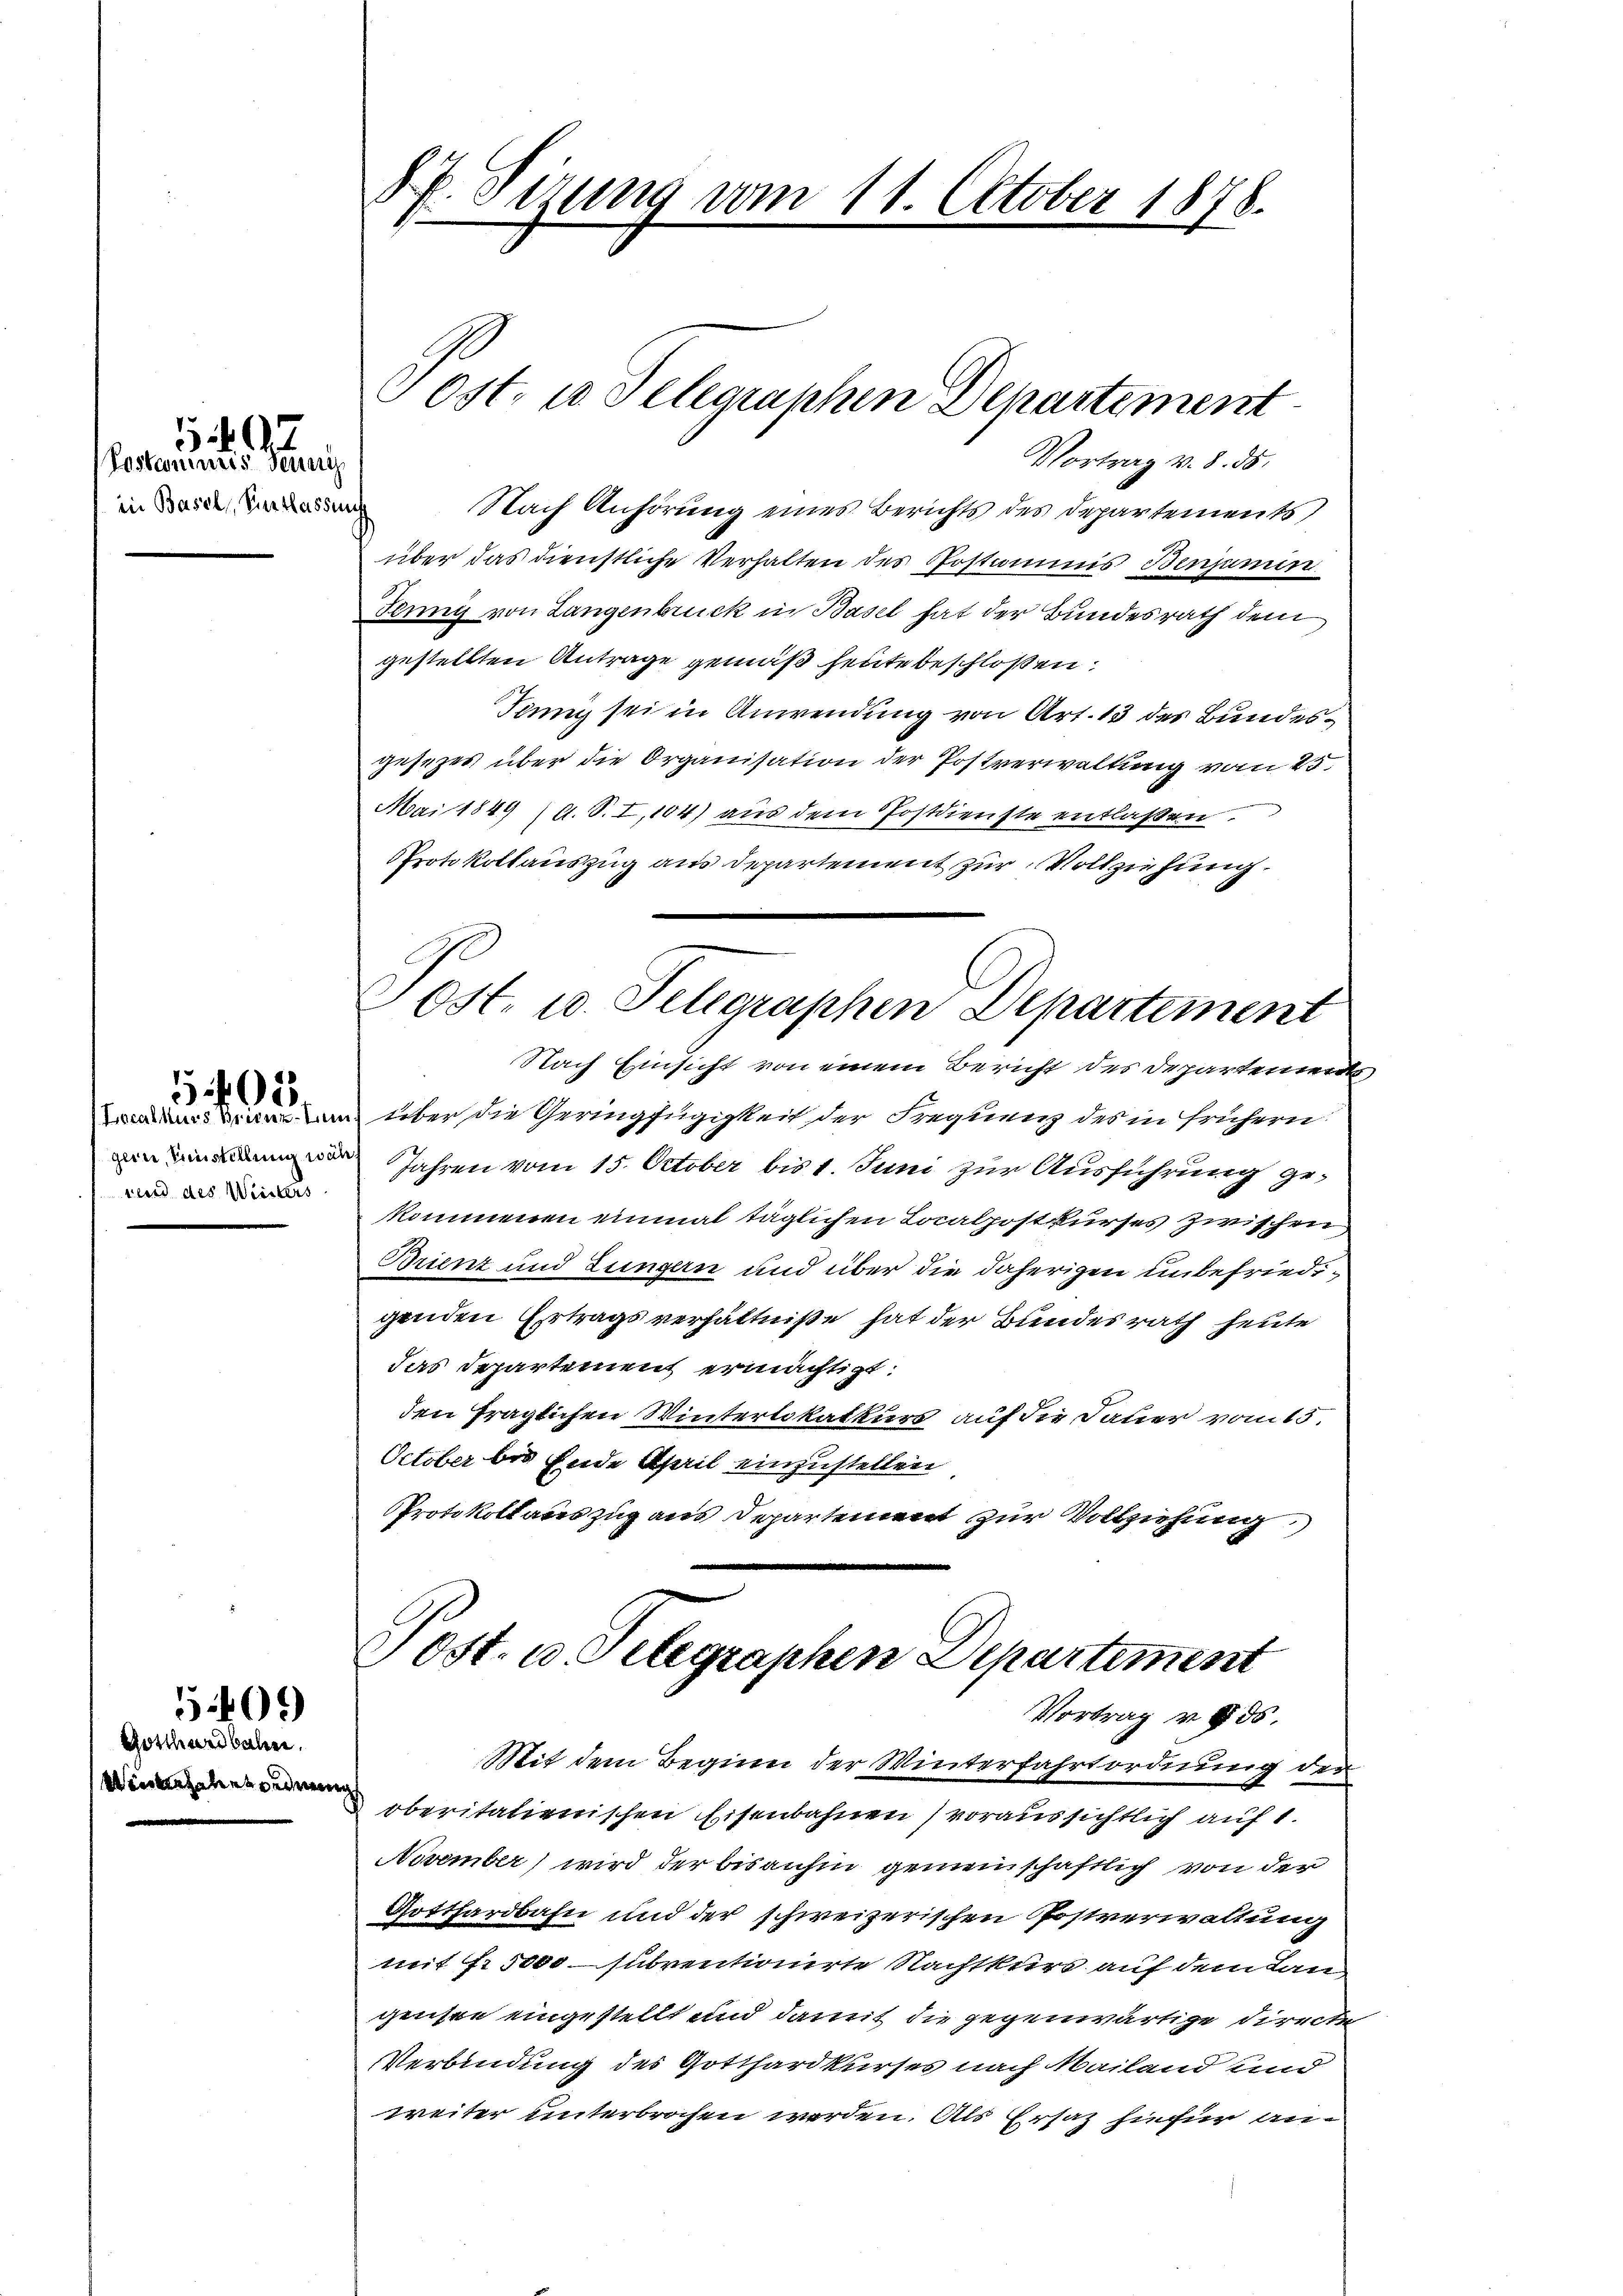
in Basel, Viertlassung

5.9.7.
Postannis Jeneig

Localkurs Brien. Zum
gern, Einstellung wäh
rend des Weisters

5401

Rotthardbahn
inthales seinen

5409)

87. Sizung vom 11. October 1878.

Post, u. Telegraphen Departement
Vortrag v. 8. ds.

Ost. 10. Telegraphen Departement

Nach Anhörung eines Berichts des Departements,
über das dienstliche Verhalten des Postianis Benjamin
Jenny von Langenbruck in Basel hat der Bundesrath dem
gestellten Antrage gemäß heute beschloßen:
Jenny sei in Anwendung von Art. 13 des Bundesgesezes über die Organisation der Postverwaltung vom 25.
Mai 1849 (A. S. I,104) aus dem Postdienste entlassen
PProtokollauszug aus Departement zur Vollziehung.
Nach Einsicht von einem Bericht des Departemen
über die Geringfügigkeit der Frequenz des in frühern
Jahren vom 15. October bis 1. Juni zur Ausführung gekommenen einmal täglichen Laalpostkurses zwischen
Brient und Lungern und über die daherigen unbefriedigenden Ertragsverhältniße hat der Bundesrath heute
das Departement ermächtigt:
den fraglichen Winterlikatkurs auf die Dauer vom 15.
October bis Ende April einzustellen
Protokollauszug aus Departement zur Vollziehung
Ost. u. Telegraphen Departement
Vortrag v. 8. ds.
Mit dem Beginn der Winterfahrtordnung der
oberitationischen Eisenbahnen) voraussichtlich auf 1.
November wird der bisanhin gemeinschaftlich von der
Gotthardbahn und der schweizerischen Postverwaltung
mit 1 5000 subventionirte Nachtkurs auf dem Langenste eingestellt und damit die gegenwärtige Forrer
Verbindung des Gotthardkurses nach Mailand und
weiter unterbrochen werden. Als Ersatz hiefür an¬